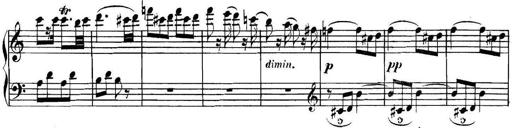
Title: Collected Piano Sonatas
Composer: Muzio Clementi